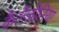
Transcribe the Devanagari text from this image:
कैलेजोनिया